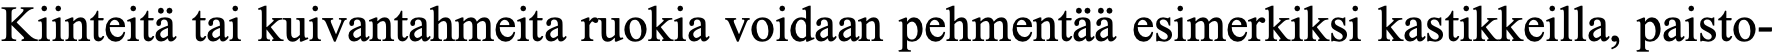
Kiinteitä tai kuivantahmeita ruokia voidaan pehmentää esimerkiksi kastikkeilla, paisto-